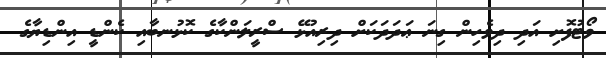
ވޯޓުފޮށި އަދި ދިވެހިން ގިނަ ޢަދަދަކަށް ދިރިއުޅޭ ސްރީލަންކާގެ ކޮޅުނބާއި ކެންޑީ އިންޑިޔާގެ